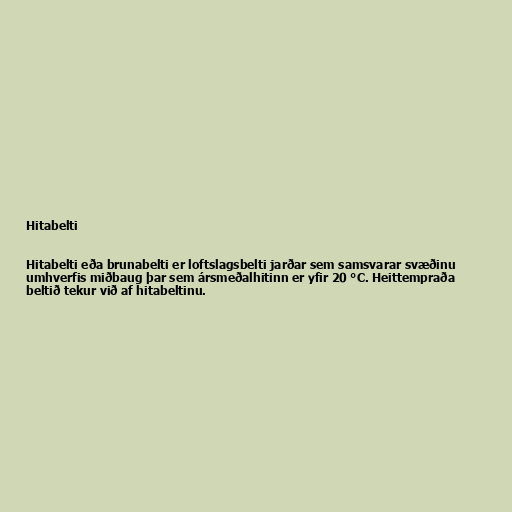
Hitabelti

Hitabelti eða brunabelti er loftslagsbelti jarðar sem samsvarar svæðinu
umhverfis miðbaug þar sem ársmeðalhitinn er yfir 20 °C. Heittempraða
beltið tekur við af hitabeltinu.